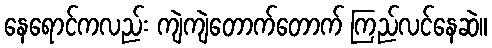
နေရောင်ကလည်း ကျဲကျဲတောက်တောက် ကြည်လင်နေဆဲ။